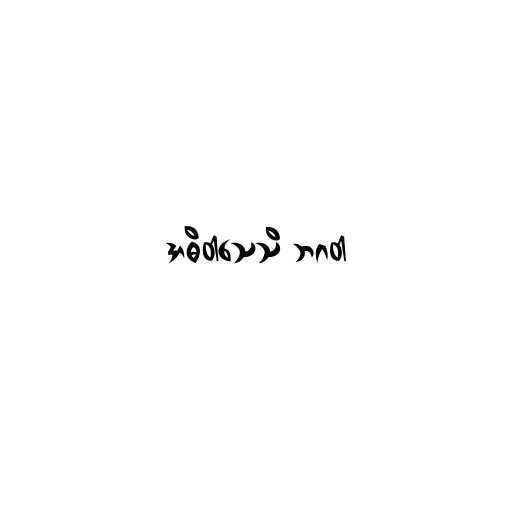
အဓိဝါသေသိ ဘဂဝါ